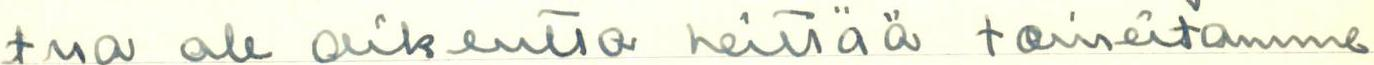
tua ole oikeutta heittää toiveitamme